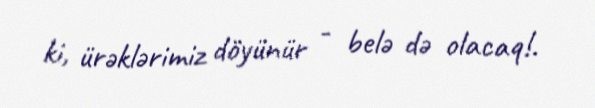
ki, ürəklərimiz döyünür - belə də olacaq!.